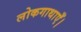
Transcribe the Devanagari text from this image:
लोकगाथाएँ।